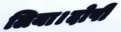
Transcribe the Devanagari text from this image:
लिया।दोषी